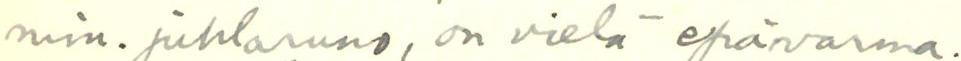
min. juhlaruno, on vielä epävarma.